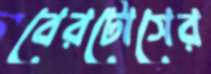
বেরটোসের